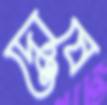
দোষে